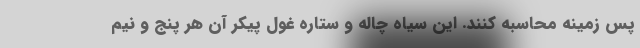
پس زمینه محاسبه کنند. این سیاه چاله و ستاره غول پیکر آن هر پنج و نیم